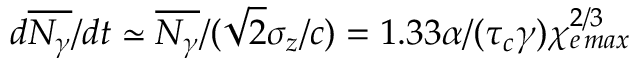
d \overline { { N _ { \gamma } } } / d t \simeq \overline { { N _ { \gamma } } } / ( \sqrt { 2 } \sigma _ { z } / c ) = 1 . 3 3 \alpha / ( \tau _ { c } \gamma ) \chi _ { e \, m a x } ^ { 2 / 3 }